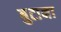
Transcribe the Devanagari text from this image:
बुटाना